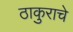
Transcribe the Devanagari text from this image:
ठाकुराचे